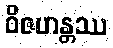
ဝိဇဟန္တဿ